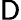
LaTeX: \mathsf{D}